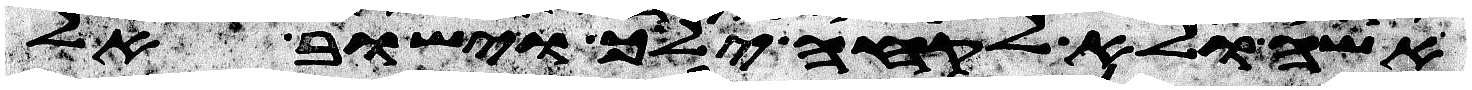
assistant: אשה ולא לקחה ילך וישוב